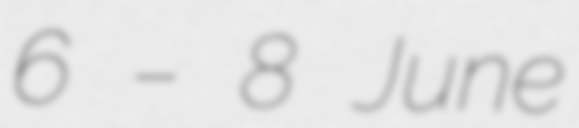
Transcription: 6 – 8 June